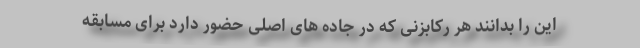
این را بدانند هر رکابزنی که در جاده های اصلی حضور دارد برای مسابقه